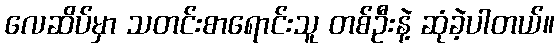
လေဆိပ်မှာ သတင်းစာရောင်းသူ တစ်ဦးနဲ့ ဆုံခဲ့ပါတယ်။